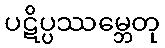
ပဋိပ္ပဿမ္ဘေတု